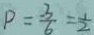
P = \frac { - 3 } { 6 } = \frac { 1 } { 2 }